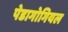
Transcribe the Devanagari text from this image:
पेडागोगियल